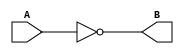
module not_gate(input A, output B);
    not(B,A);
endmodule